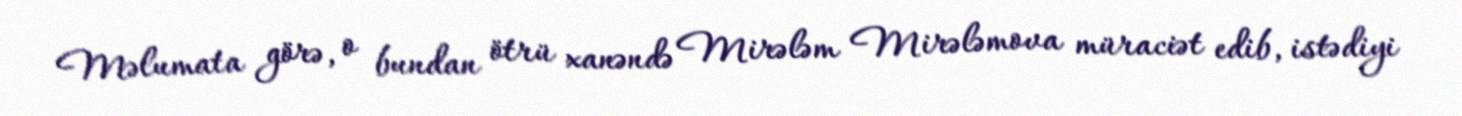
Məlumata görə, o bundan ötrü xanəndə Mirələm Mirələmova müraciət edib, istədiyi